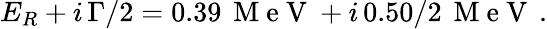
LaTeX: E_{R}+i\, \Gamma/2=0.39\, \mathrm{~M~e~V~}+i\, 0.50/{2}\, \mathrm{~M~e~V~}\, .